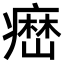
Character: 𤹳